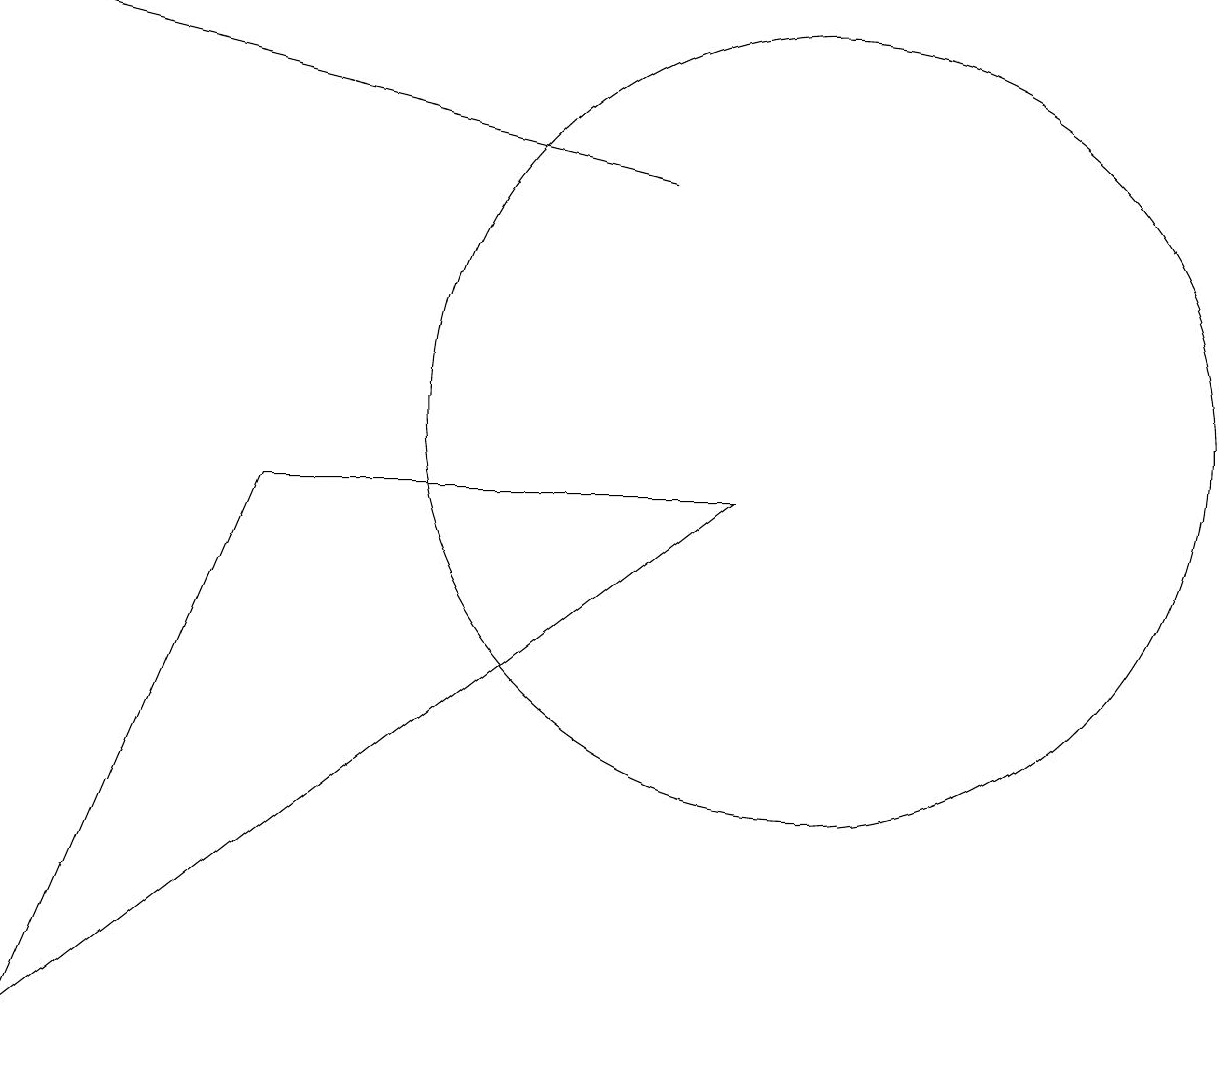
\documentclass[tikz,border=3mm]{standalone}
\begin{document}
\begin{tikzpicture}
\draw (3,9) -- (0,2) -- (9,9) -- cycle;
\draw[->] (8,13) -- (0,15);
\draw (10,10) circle (5);
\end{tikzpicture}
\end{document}